Vaccine operations Central Provinces & Berar 1922-1929 - 1922-1929
Year: 1922
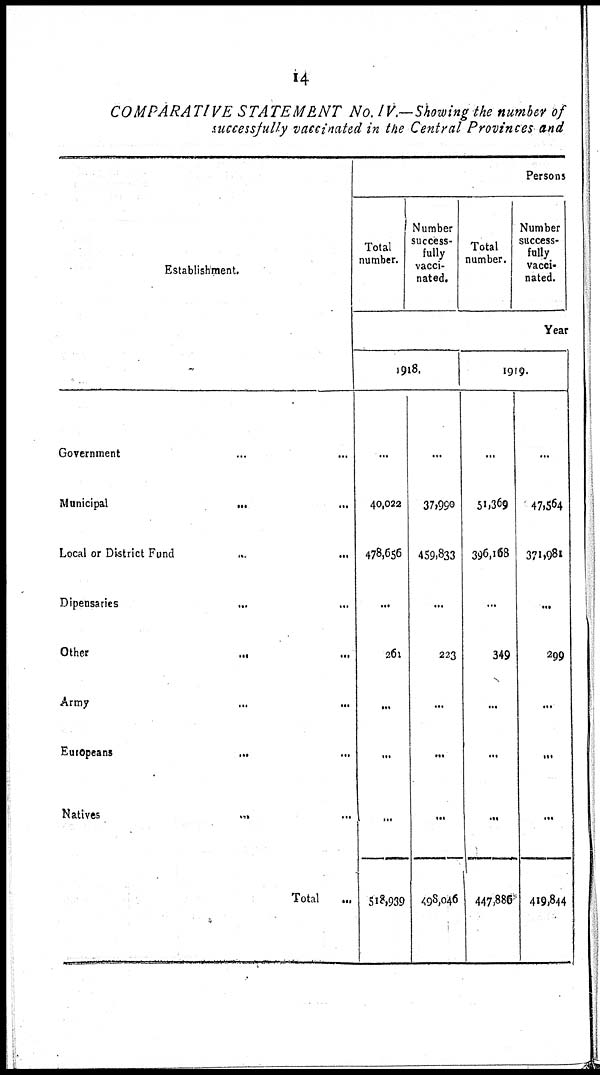
14
COMPARATIVE STATEMENT No. IV.—sowing the number of
successfully vaccinated in the Central Provinces and
Establishment.
Government ... ...
Municipal
...
...
Local or District Fund
...
...
Dipensaries
...
...
Other
...
...
Army
...
...
Europeans
...
...
Natives
...
Total ...
Persons
Total
number.
Number
success-
fully
vacci-
nated.
Total
number.
Number
success-
fully
vacci-
nated.
Year
1918.
...
40,022
478,656
...
261
...
...
...
518,939
...
37,990
459,833
...
223
...
...
...
498,046
1919.
...
51,369
396,168
...
349
...
...
...
447,886
...
47,564
371,981
...
299
...
...
...
419,844